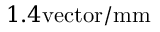
1 . 4 \mathrm { v e c t o r / m m }